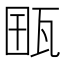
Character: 𤭋